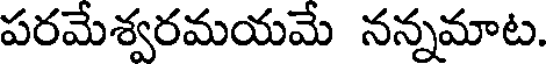
పరమేశ్వరమయమే నన్నమాట.